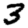
Digit: 3